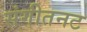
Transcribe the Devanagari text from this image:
संगीतनट